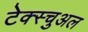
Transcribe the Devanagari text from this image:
टेक्स्चुअल